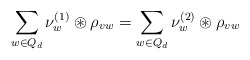
\begin{align*} \sum_{w\in Q_d} \nu_w^{(1)}\circledast \rho_{vw} =\sum_{w\in Q_d} \nu_w^{(2)}\circledast \rho_{vw} \ \ \end{align*}